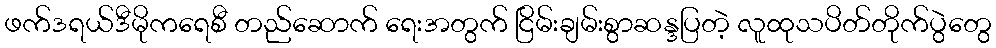
ဖက်ဒရယ်ဒီမိုကရေစီ တည်ဆောက် ရေးအတွက် ငြိမ်းချမ်းစွာဆန္ဒပြတဲ့ လူထုသပိတ်တိုက်ပွဲတွေ